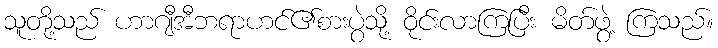
သူတို့သည် ဟာဂျီအီဘရာဟင်၏စားပွဲသို့ ဝိုင်းလာကြပြီး မိတ်ဖွဲ့ ကြသည်။